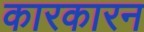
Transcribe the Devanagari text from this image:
कारकारन